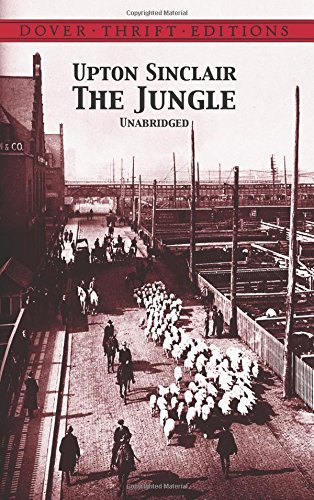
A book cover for The Jungle (Dover Thrift Editions); Upton Sinclair; Literature & Fiction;